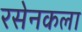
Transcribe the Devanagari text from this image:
रसेनकला